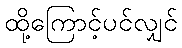
ထို့ကြောင့်ပင်လျှင်